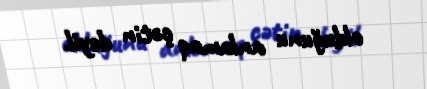
olduğunu anlamaq çətin deyil.